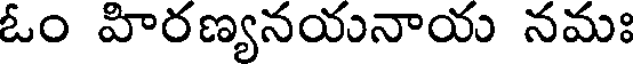
ఓం హిరణ్యనయనాయ నమః